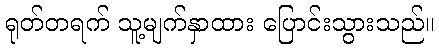
ရုတ်တရက် သူ့မျက်နှာထား ပြောင်းသွားသည်။